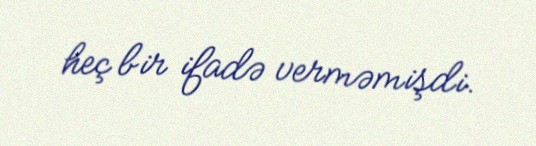
heç bir ifadə verməmişdi.